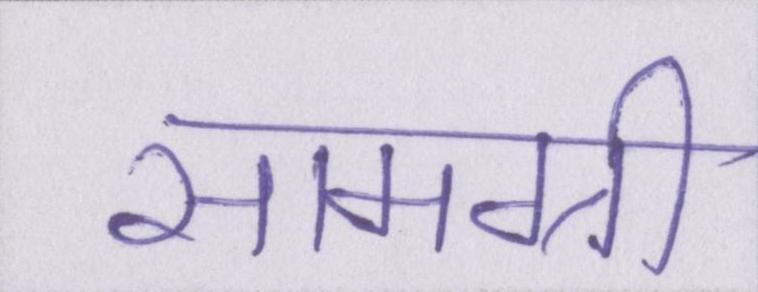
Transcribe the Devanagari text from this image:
सामग्री